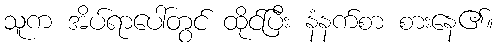
သူက အိပ်ရာပေါ်တွင် ထိုင်ပြီး နံနက်စာ စားနေ၏။